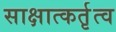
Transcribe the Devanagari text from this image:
साक्षात्कर्तृत्व